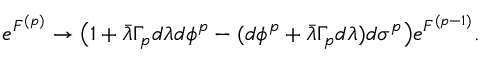
e ^ { { \cal F } ^ { ( p ) } } \rightarrow \big ( 1 + \bar { \lambda } \Gamma _ { p } d \lambda d \phi ^ { p } - ( d \phi ^ { p } + \bar { \lambda } \Gamma _ { p } d \lambda ) d \sigma ^ { p } \big ) e ^ { { \cal F } ^ { ( p - 1 ) } } .